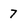
Character: 7